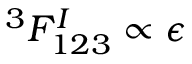
^ 3 F _ { 1 2 3 } ^ { I } \propto \epsilon